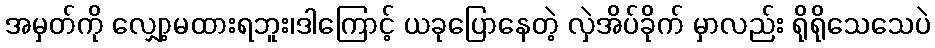
အမှတ်ကို လျှော့မထားရဘူး၊ဒါကြောင့် ယခုပြောနေတဲ့ လှဲအိပ်ခိုက် မှာလည်း ရိုရိုသေသေပဲ